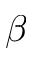
\beta